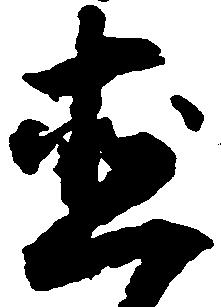
直